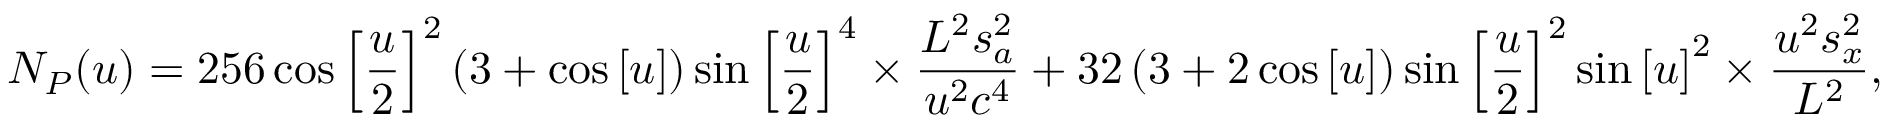
{ N _ { P } } ( u ) = 2 5 6 \cos { \left[ { \frac { u } { 2 } } \right] ^ { 2 } } \left( { 3 + \cos \left[ u \right] } \right) \sin { \left[ { \frac { u } { 2 } } \right] ^ { 4 } } \times \frac { { { L ^ { 2 } } s _ { a } ^ { 2 } } } { { { u ^ { 2 } } { c ^ { 4 } } } } + 3 2 \left( { 3 + 2 \cos \left[ u \right] } \right) \sin { \left[ { \frac { u } { 2 } } \right] ^ { 2 } } \sin { \left[ u \right] ^ { 2 } } \times \frac { { { u ^ { 2 } } s _ { x } ^ { 2 } } } { { { L ^ { 2 } } } } ,